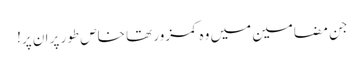
جن مضامین میں وہ کمزور تھا خاص طور پر ان پر!